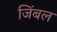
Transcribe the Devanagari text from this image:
जिंबल